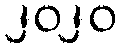
၂၀၂၀